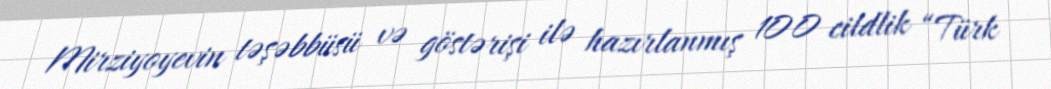
Mirziyoyevin təşəbbüsü və göstərişi ilə hazırlanmış 100 cildlik “Türk